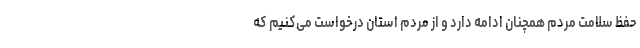
حفظ سلامت مردم همچنان ادامه دارد و از مردم استان درخواست می‌کنیم که